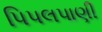
પિપલપાણી